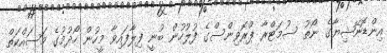
އިންޑޮނޭޝިޔާގެ ނޯތު ސުމަޓްރާ ޕްރޮވިންސްގެ ފުލުހުން ބުނީ ފިލާފައިވާ މީހުން ހޯދުމުގެ މަސައްކަތް